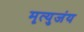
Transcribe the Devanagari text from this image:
मृत्युजंय